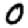
Digit: 0